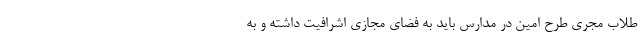
طلاب مجری طرح امین در مدارس باید به فضای مجازی اشرافیت داشته و به